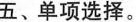
五、单项选择.